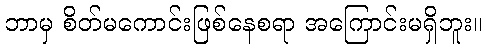
ဘာမှ စိတ်မကောင်းဖြစ်နေစရာ အကြောင်းမရှိဘူး။